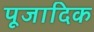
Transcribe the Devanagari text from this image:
पूजादिक